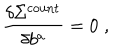
\frac { \delta \Sigma ^ { \mathrm { c o u n t } } } { \delta b ^ { a } } = 0 \; ,